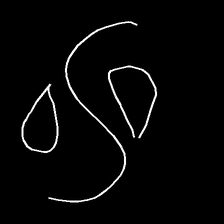
Glyph: water